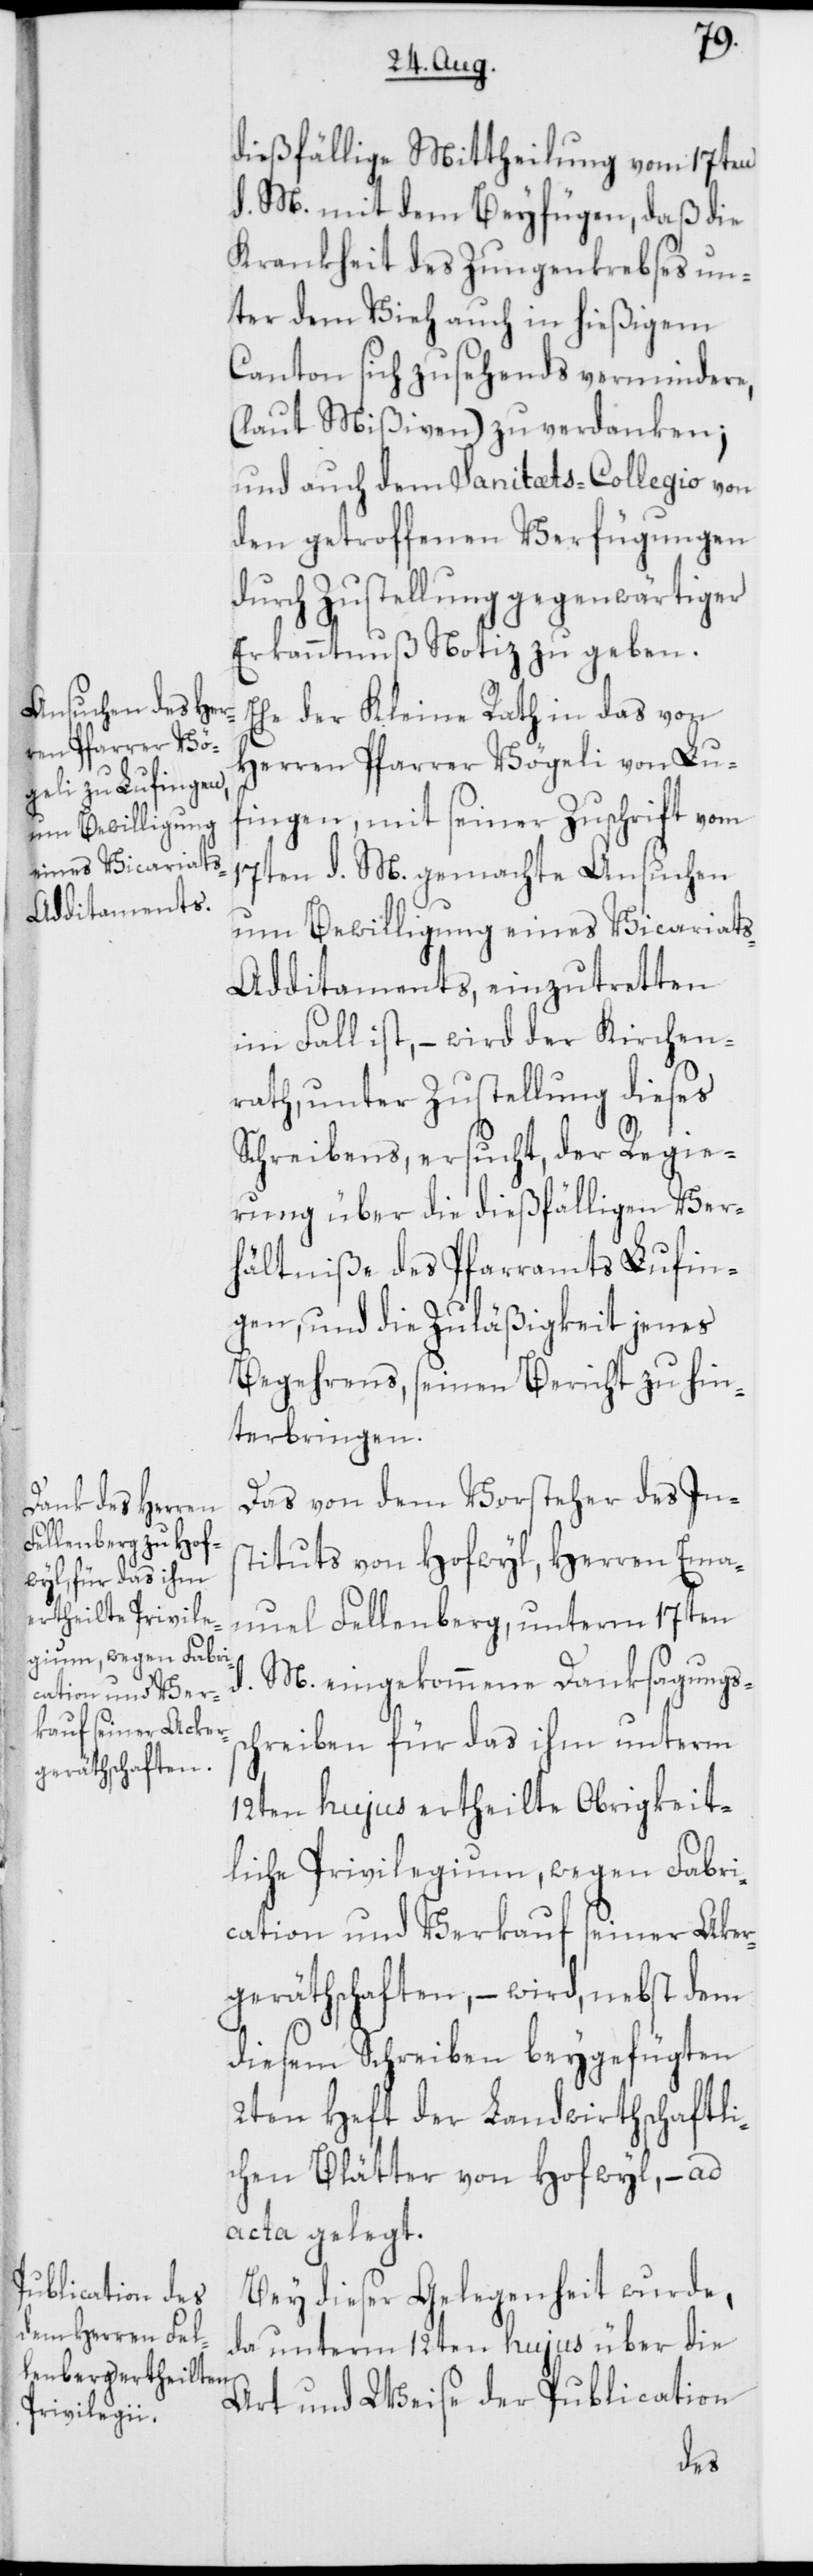
dießfällige Mittheilung vom 17ten
d. M. mit dem Beyfügen, daß die
Krankheit des Zungenkrebses un¬
ter dem Vieh auch in hießigem
Canton sich zusehends vermindere,
(laut Mißiven) zu verdanken;
und auch dem Sanitæts-Collegio von
den getroffenen Verfügungen
durch Zustellung gegenwärtiger
Erkanntnuß Notiz zu geben.
Ehe der Kleine Rath in das von
Herren Pfarrer Vögeli von Lu¬
fingen, mit seiner Zuschrift vom
17ten d. M. gemachte Ansuchen
um Bewilligung eines Vicariat¬
s-Additaments, einzutretten
im Fall ist, – wird der Kirchen¬
rath, unter Zustellung dieses
Schreibens, ersucht, der Regie¬
rung über die dießfälligen Ver¬
hältniße des Pfarramts Lufin¬
gen, und die Zuläßigkeit jenes
Begehrens, seinen Bericht zu hin¬
terbringen.
Das von dem Vorsteher des Ins¬
tituts von Hofwyl, Herren Ema¬
nuel Fellenberg, unterm 17ten
M. eingekommene Danksagungss¬
chreiben für das ihm unterm
12ten hujus ertheilte Obrigkeit¬
liche Privilegium, wegen Fabri¬
cation und Verkauf seiner Aker¬
geräthschaften, – wird, nebst dem
diesem Schreiben beygefügten
2ten Heft der Landwirthschaftli¬
chen Blätter von Hofwyl, – ad
acta gelegt.
Bey dieser Gelegenheit wurde,
da unterm 12ten hujus über die
Art und Weise der Publication